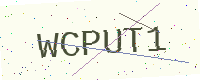
Text: WCPUT1